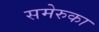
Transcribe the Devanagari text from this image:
समेरुका